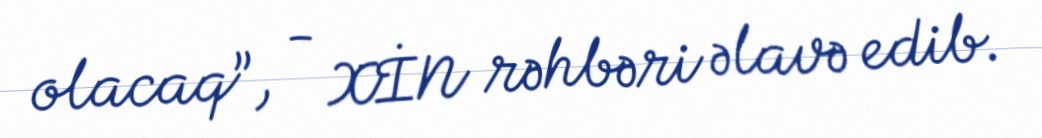
olacaq”, - XİN rəhbəri əlavə edib.